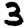
Digit: 3